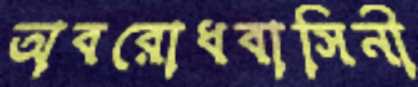
অবরোধবাসিনী